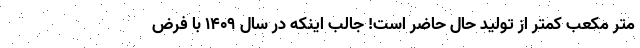
متر مکعب کمتر از تولید حال حاضر است! جالب اینکه در سال ۱۴۰۹ با فرض